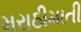
મરાઠીમાતી